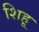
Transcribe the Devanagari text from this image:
शिहू